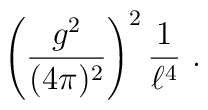
\left({g^2\over (4\pi)^2}\right)^2  {1\over \ell^4}\ .